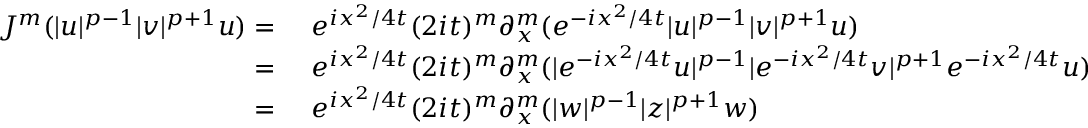
\begin{array} { r l } { J ^ { m } ( | u | ^ { p - 1 } | v | ^ { p + 1 } u ) = \ } & { e ^ { i x ^ { 2 } / 4 t } ( 2 i t ) ^ { m } \partial _ { x } ^ { m } ( e ^ { - i x ^ { 2 } / 4 t } | u | ^ { p - 1 } | v | ^ { p + 1 } u ) } \\ { = \ } & { e ^ { i x ^ { 2 } / 4 t } ( 2 i t ) ^ { m } \partial _ { x } ^ { m } ( | e ^ { - i x ^ { 2 } / 4 t } u | ^ { p - 1 } | e ^ { - i x ^ { 2 } / 4 t } v | ^ { p + 1 } e ^ { - i x ^ { 2 } / 4 t } u ) } \\ { = \ } & { e ^ { i x ^ { 2 } / 4 t } ( 2 i t ) ^ { m } \partial _ { x } ^ { m } ( | w | ^ { p - 1 } | z | ^ { p + 1 } w ) } \end{array}